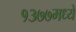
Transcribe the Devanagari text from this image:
१३७७मध्ये